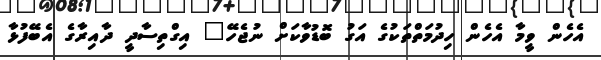
އެހެން ވީމާ އެހެން ހިދުމަތްތަކުގެ އަގު ބޮޑުވާކަށް ނުޖެހޭ" އިގްތިސާދީ ދާއިރާގެ އެބޭފުޅާ